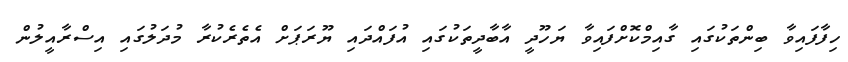
ހިފާފައިވާ ބިންތަކުގައި ގާއިމްކޮށްފައިވާ ޔަހޫދީ އާބާދީތަކުގައި އުފައްދައި ޔޫރަޕަށް އެތެރެކުރާ މުދަލުގައި އިސްރާއީލުން